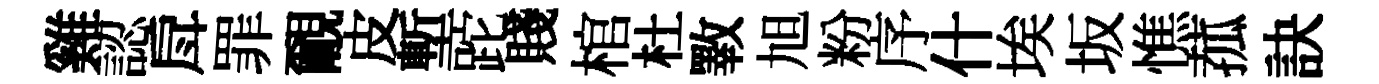
雞認戽罪覼皮塹跎賤棺杜斁旭粉序什埃坂憔菰訣